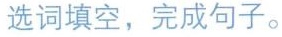
选词填空,完成句子。